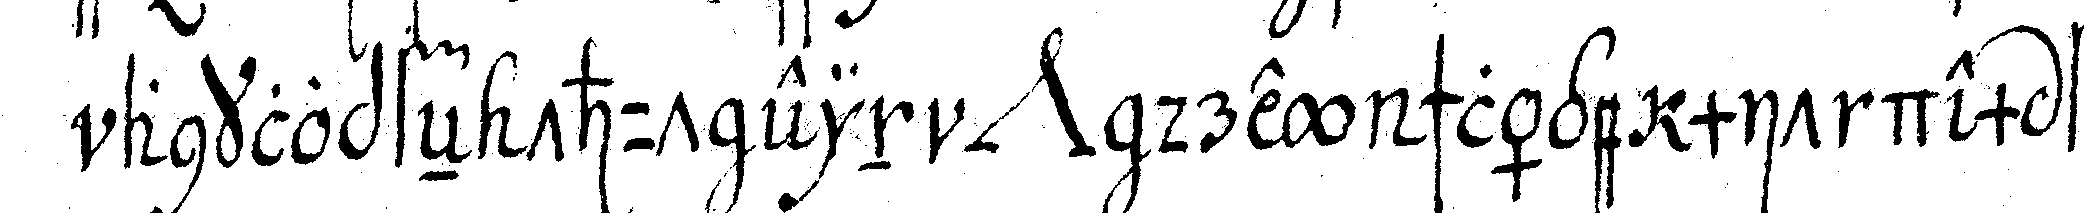
anklopfeN thut ein *nee* drey schläge mit dem fin